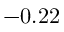
- 0 . 2 2